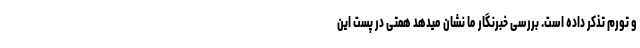
و تورم تذکر داده است. بررسی خبرنگار ما نشان میدهد همتی در پست این